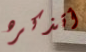
أتذكره